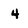
Character: 4